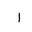
Letter: _alif